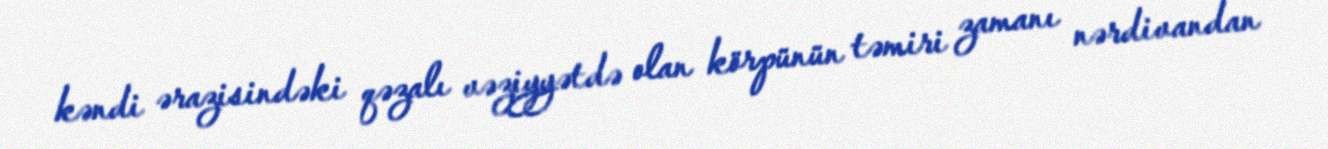
kəndi ərazisindəki qəzalı vəziyyətdə olan körpünün təmiri zamanı nərdivandan